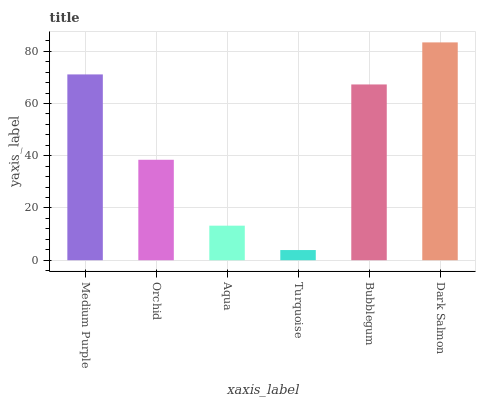
| xaxis_label | bars |
 | --- | --- |
 | Medium Purple | 71.1 |
 | Orchid | 38.5 |
 | Aqua | 13.2 |
 | Turquoise | 3.9 |
 | Bubblegum | 67.3 |
 | Dark Salmon | 83.4 |